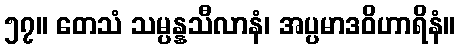
၅၇။ တေသံ သမ္ပန္နသီလာနံ၊ အပ္ပမာဒဝိဟာရိနံ။